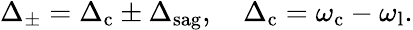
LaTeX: \begin{array}{r}{\Delta_{\pm}=\Delta_{\mathrm{c}}\pm\Delta_{\mathrm{sag}},\quad\Delta_{\mathrm{c}}=\omega_{\mathrm{c}}-\omega_{\mathrm{l}}.}\end{array}